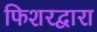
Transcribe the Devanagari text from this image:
फिशरद्वारा